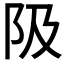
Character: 𨸚